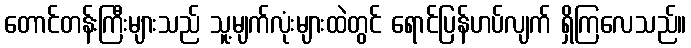
တောင်တန်းကြီးများသည် သူ့မျက်လုံးများထဲတွင် ရောင်ပြန်ဟပ်လျက် ရှိကြလေသည်။